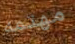
مهتمه